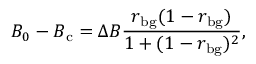
B _ { 0 } - B _ { \mathrm { c } } = \Delta B \frac { r _ { \mathrm { b g } } ( 1 - r _ { \mathrm { b g } } ) } { 1 + ( 1 - r _ { \mathrm { b g } } ) ^ { 2 } } ,